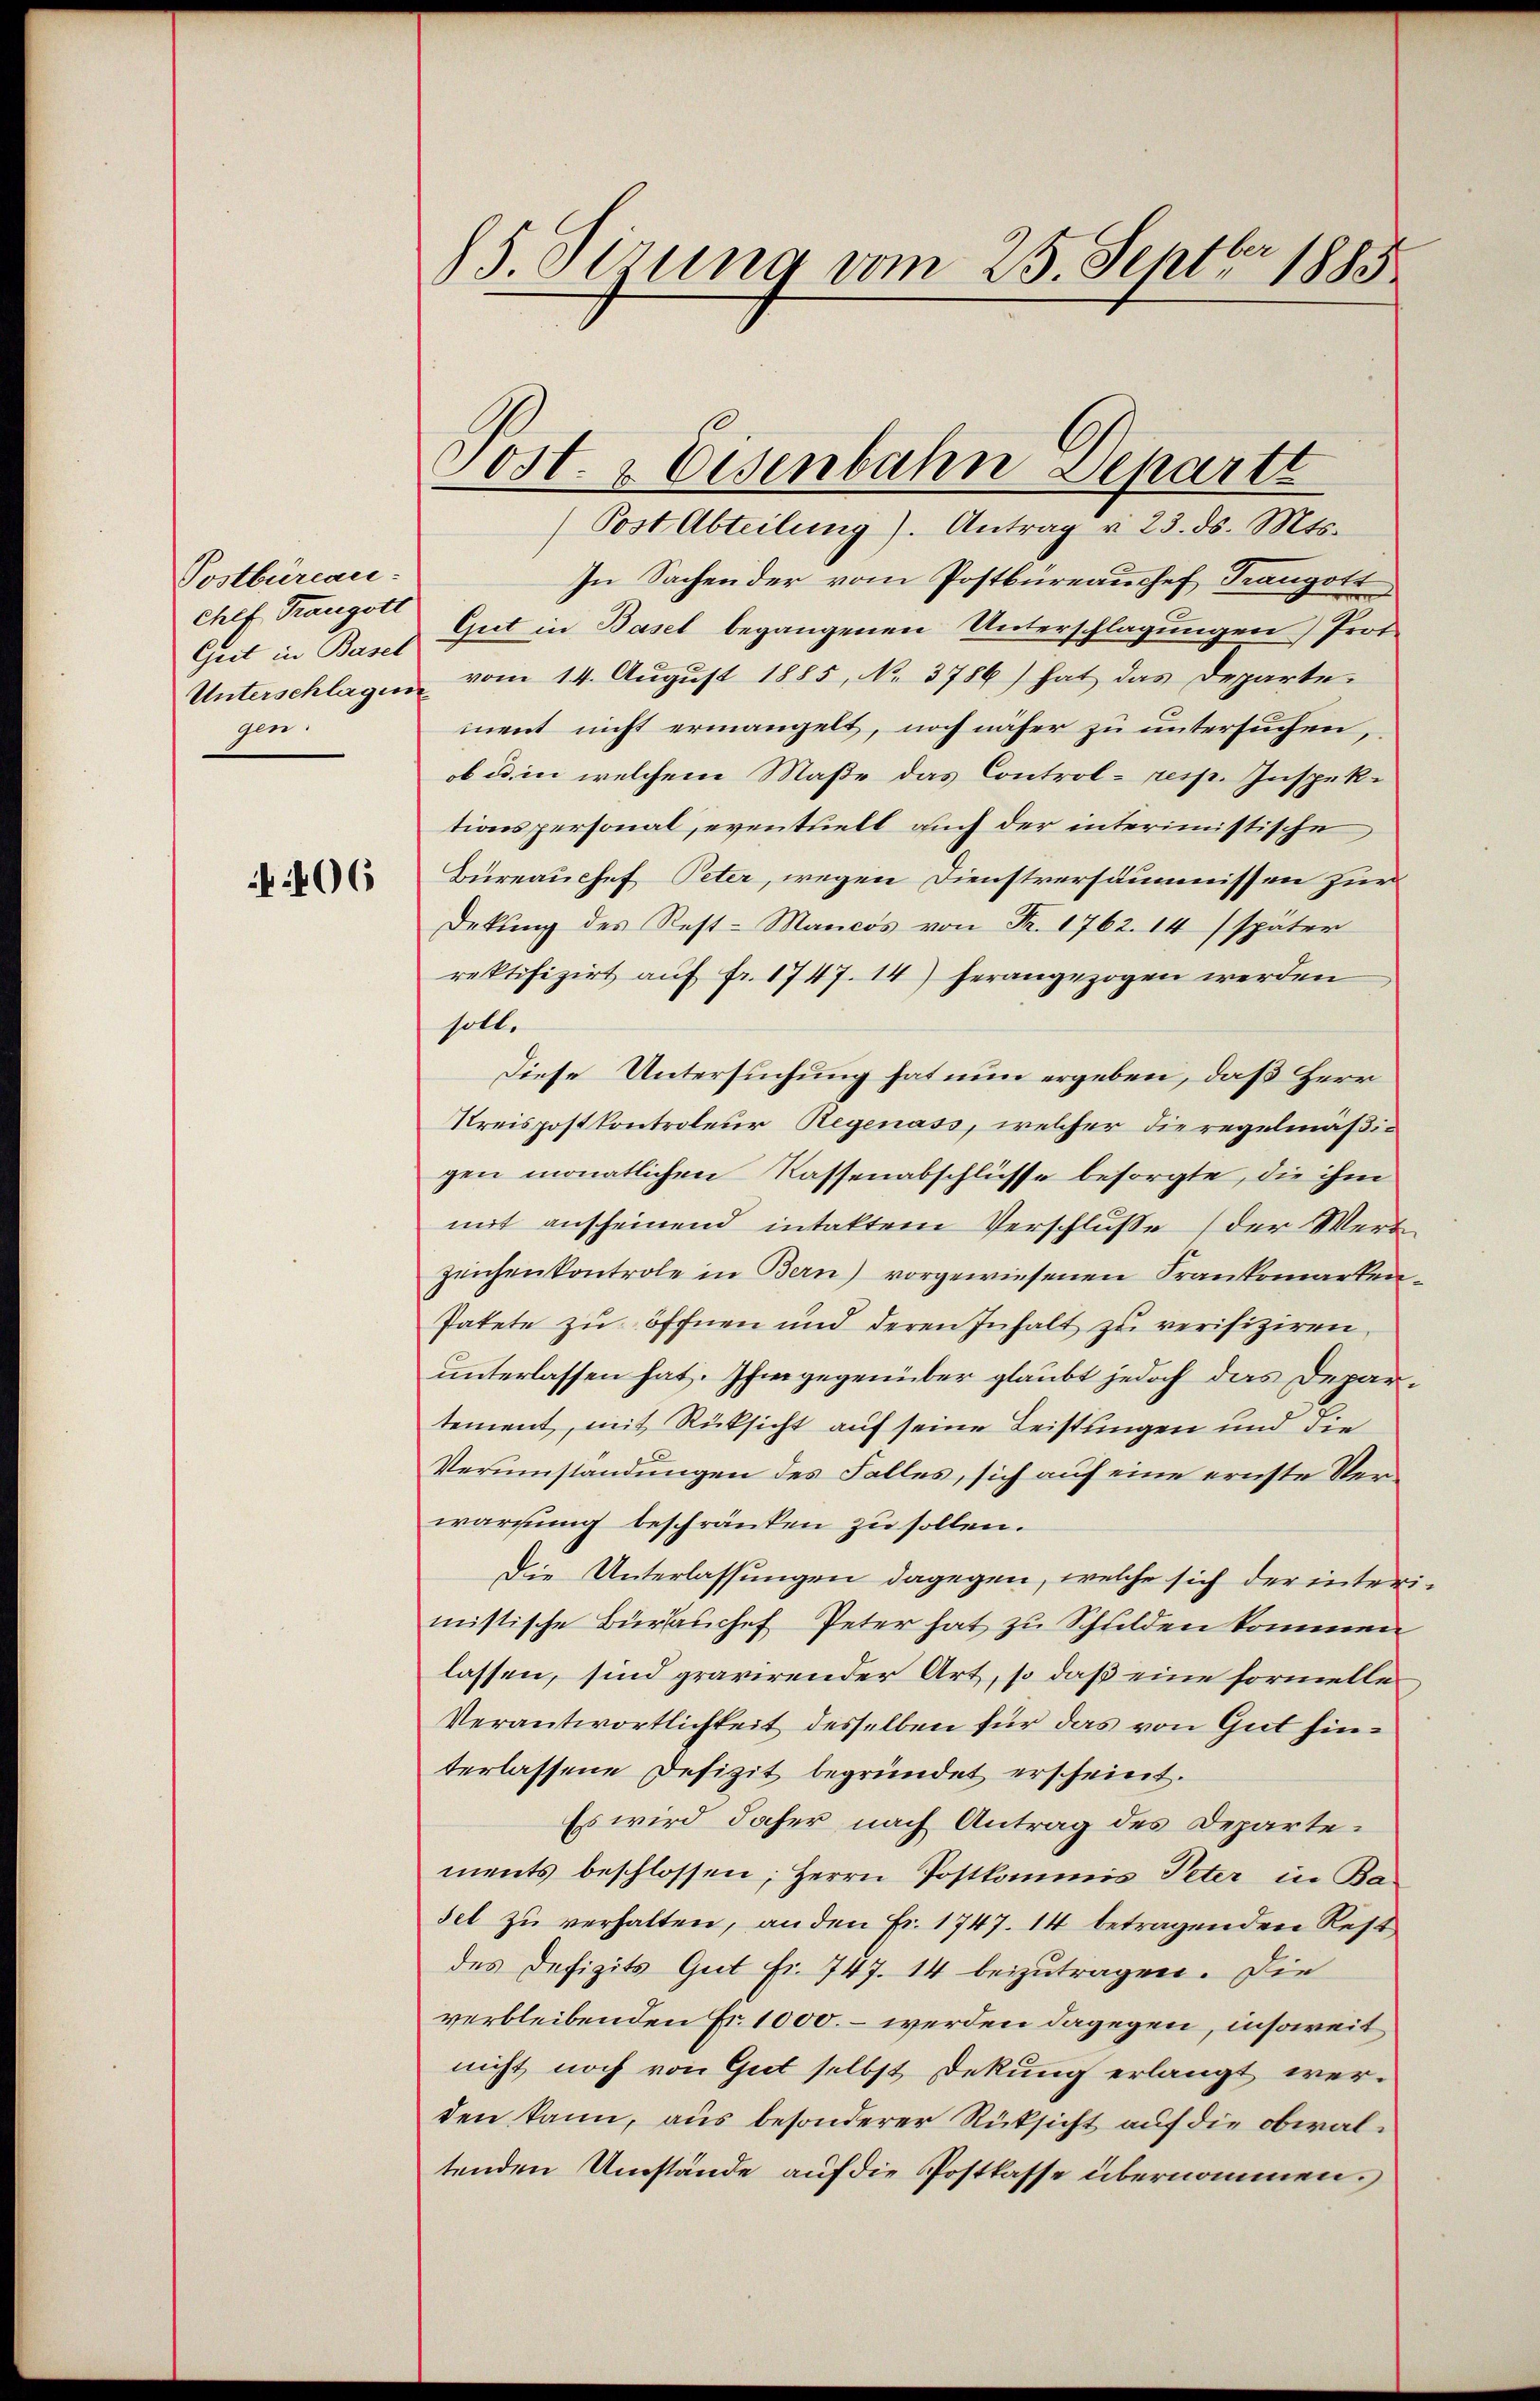
Postbüreau-
Chef. Trangott
Geit in Basel
gen.

406

5 Sirung vom 25. Septbr 1885

Post- & Eisenbahn Departt

(Post Abteilung). Antrag v. 23. ds. Mts.
In Sachender vom Postbüreaussef Frangott
Gut in Basel begangenen Unterschlagungen Prot
Unterschlagen vom 14. Aŭgŭst 1885, No. 3786) hat das Departe
ment nicht ermangelt, noch näher zu untersuchen,
ob u. in welchem Maße das Control- resp. Inspek-
tionspersonal, eventuell auch der interimistische
Büreauchef Peter, wegen Dienstversäumnissen zur
Dekŭng des Rest-Mancos von Fr. 1762. 14 (später
rektifizirt aŭf fr. 1747. 14) herangezogen werden
soll.
Diese Untersuchung hat nun ergeben, daß Herr
Kreispostkontroleur Regenass, welcher die regelmäßigen monatlichen Kassenabschlüsse besorgte, die ihm
mit anscheinend intaktem Verschluße der Wert
zeichen kontrole in Bern) vorgewiesenen Frankomarken¬
Patete zu öffnen und deren Inhalt zu verifiziren.
unterlassen hat. Ihm gegenüber glaubt jedoch das Departement, mit Rücksicht auf seine Leistungen und die
Verumstandungen des Falles, sich auf eine ernste Verwartung beschränken zu sollen.
Die Unterlassungen dagegen, welche sich der interimistische Bürhaschef Peter hat zu Schulden kommen
lassen, sind gravirender Art, so daß eine formelle
Verantwortlichkeit desselben für das von Gut hinterlassene Defizit begründet erscheint.
Es wird daher nach Antrag des Departements beschlossen, Herrn Postkommis Peter in Ba-
sel zu verhalten, an den Fr. 1747. 14 betragenden Rest
des Defizits Gut Fr. 747. 14 beizutragen. Die
verbleibenden Fr. 1000. – werden dagegen, insoweit
nicht noch von Gut selbst Dekung erlangt werden kann, aus besonderer Rücksicht auf die obwaltenden Umstände auf die Postkasse übernommen.